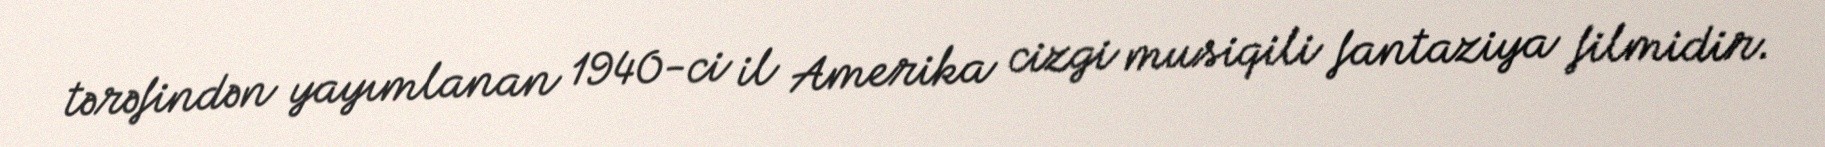
tərəfindən yayımlanan 1940-ci il Amerika cizgi musiqili fantaziya filmidir.